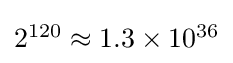
{\textstyle 2^{120}\approx 1.3\times 10^{36}}